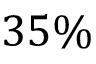
3 5 \%